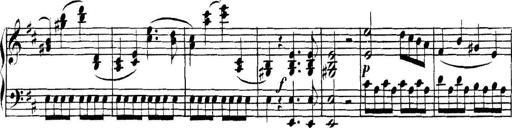
Title: Collected Piano Sonatas
Composer: Muzio Clementi